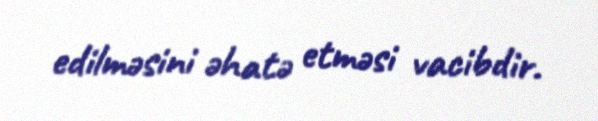
edilməsini əhatə etməsi vacibdir.